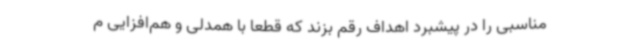
مناسبی را در پیشبرد اهداف رقم بزند که قطعا با همدلی و هم‌افزایی م